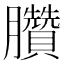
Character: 臢